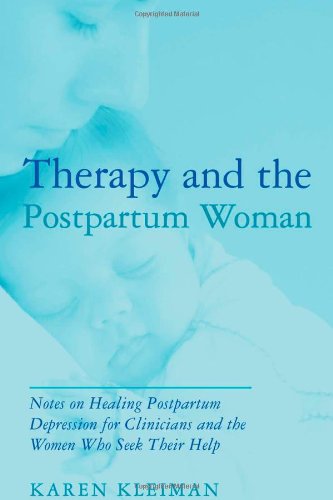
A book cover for Therapy and the Postpartum Woman: Notes on Healing Postpartum Depression for Clinicians and the Women Who Seek their Help; Karen Kleiman; Health, Fitness & Dieting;